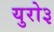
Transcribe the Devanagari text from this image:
युरो३